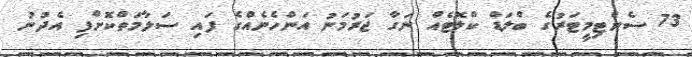
73 ސެންޓިމީޓަރުގެ ބްލަޑް ކްލޮޓެއް ނަގާ ޖަރުމަނު އަންހެނެއްގެ ފައި ސަލާމަތްކޮށްފި އެދުނު